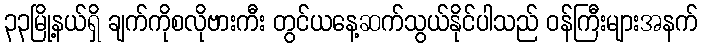
၃၃မြို့နယ်ရှိ ချက်ကိုစလိုဗားကီး တွင်ယနေ့ဆက်သွယ်နိုင်ပါသည် ဝန်ကြီးများအနက်